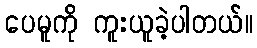
ပေမူကို ကူးယူခဲ့ပါတယ်။